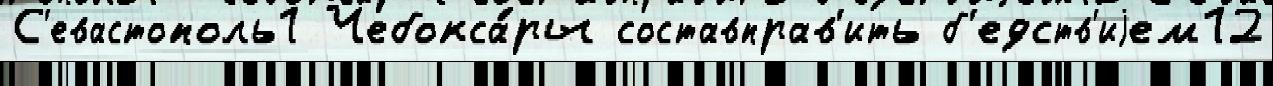
С'евастополь1 Чебокса́ры составправ'ить б'едств'иjем12